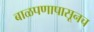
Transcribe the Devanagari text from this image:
बाळपणापासूनच